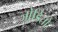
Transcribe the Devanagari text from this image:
जोडितो